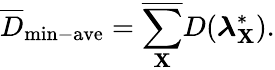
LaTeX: \overline{{D}}_{\mathrm{min-ave}}=\overline{{\sum_{\mathbf{X}}}}D(\boldsymbol{\lambda}_{\mathbf{X}}^{*}).